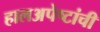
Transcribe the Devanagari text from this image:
हालअपेष्टांची